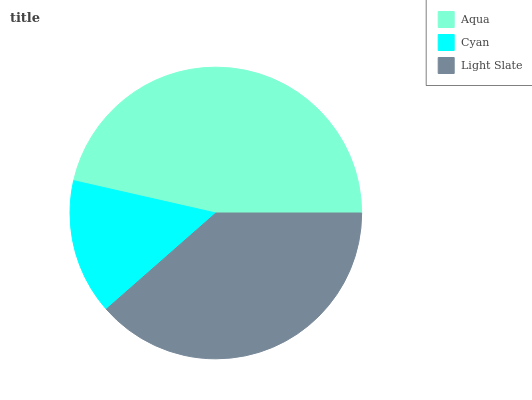
| Aqua | Cyan | Light Slate |
 | --- | --- | --- |
 | 46.5% | 15% | 38.5% |